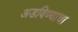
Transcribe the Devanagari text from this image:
अडविण्याचा